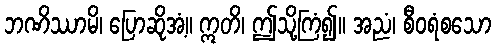
ဘဏိဿာမိ၊ ပြောဆိုအံ့။ ဣတိ၊ ဤသို့ကြံ၍။ အညံ၊ စီဝရံစသော